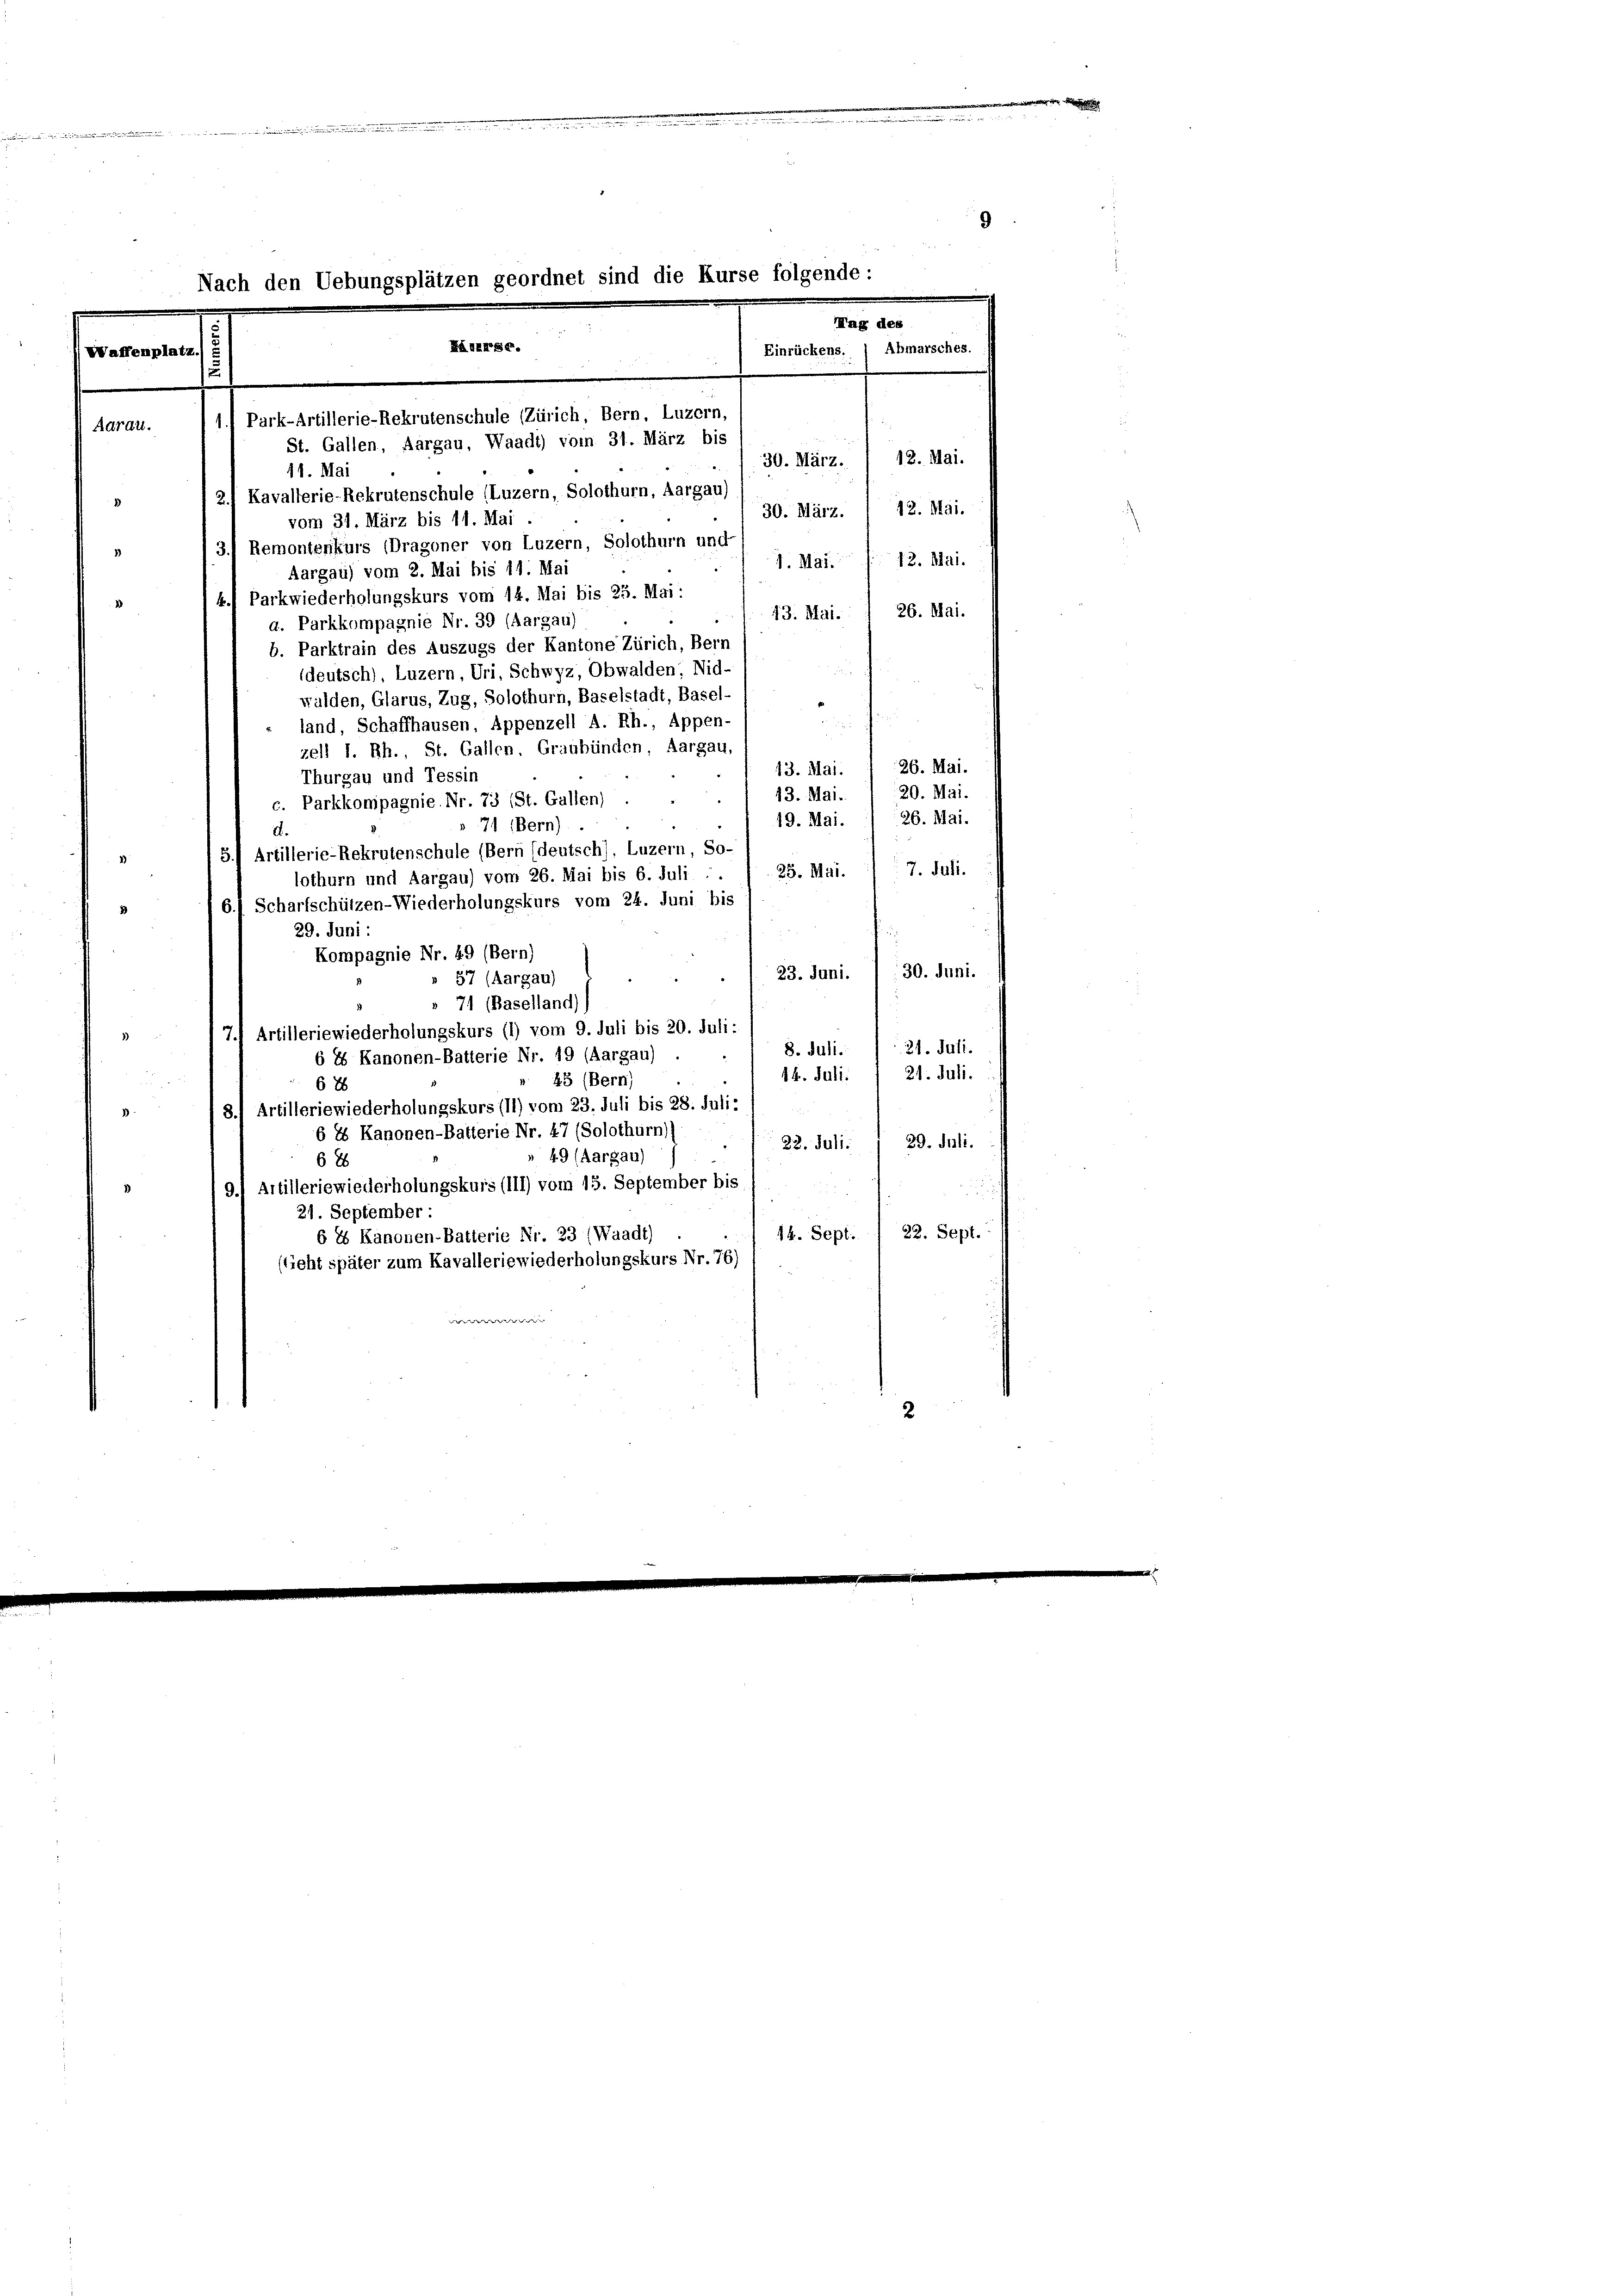
m
n
.

Vaffenpl

Aarau.

9
den Uebungsplätzen geordnet sind die Kurse folgende:
Tag des

Kurse.
Abmarsches.
Einrückens.
1) Park-Artillerie-Rekrutenschule (Zürich, Bern, Luzern,
St. Gallen, Aargau, Waadt) vom 31. März bis
12. Mai.
30. März.
11. Mai

2.) Kavallerie-Rekrutenschule (Luzern, Solothurn, Aargau)
42. Mai.
30. März.
vom 31. März bis 11. Mai
3) Remontenkurs (Dragoner von Luzern, Solothurn und
2)
7. Mai. 12. Mai.
Aargau) vom 2. Mai bis 11. Mai
k. Parkwiederholungskurs vom 14. Mai bis 25. Mai:
13. Mai. 1 26. Mai.
g. Parkkompagnie Nr. 39 (Aargau)
b. Parktrain des Auszugs der Kantone Zürich, Bern
(deutsch), Luzern, Uri, Schwyz, Obwalden, Nid-
wulden, Glarus, Zug, Solothurn, Baselstadt, Basel-

land, Schaffhausen, Appenzell A. Rh., Appen-
zell I. Rh., St. Gallen, Graubünden Aargau
26. Mai.
13. Mai.
Thurgau und Tessin
13. Mai. / 20. Mai.
c. Parkkompagnie. Nr. 73 (St. Gallen)
126. Mai.
49. Mai.
71 (Bern)
A.
5.) Artillerie-Rekrutenschule (Bern (deutsch), Luzern, So-
7. Juli.
25. Mai.
lothurn und Aargau) vom 26. Mai bis 6. Juli . .
6.1 Scharfschützen-Wiederholungskurs vom 24. Juni bis
29. Juni:
Kompagnie Nr. 49 (Bern)
30. Juni.
23. Juni.
57 (Aargau)
71 (Baselland)
7.4 Artilleriewiederholungskurs (1) vom 9. Juli bis 20. Juli:
21. Juli.
8. Juli.
6 & Kanonen-Batterie Nr. 49 (Aargau)
21. Juli.
14. Juli.
25 (Bern)
676
8.) Artilleriewiederholungskurs (11) vom 23. Juli bis 28. Juli:
e
6 8 Kanonen-Batterie Nr. 47 (Solothurn))
29. Juli.
22. Juli.
49 (Aargau)
68
91 Artilleriewiederholungskurs (111) vom 13. September bis
21. September
14. Sept. 22. Sept.
6 2 Kanonen-Batterie Nr. 23 (Waadt)
sticht später zum Kavalleriewiederholungskurs Nr. 76)
2